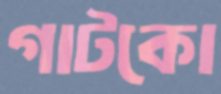
গাটকো